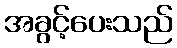
အခွင့်ပေးသည်